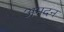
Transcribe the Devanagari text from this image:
अमदन